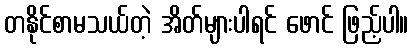
တနိုင်စာမသယ်တဲ့ အိတ်များပါရင် ဖောင် ဖြည့်ပါ။